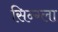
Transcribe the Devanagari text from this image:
सिन्ग्ला